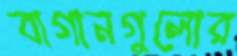
বাগানগুলোর